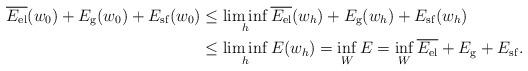
LaTeX: \begin{align*}\begin{aligned}\overline{E_{\rm el}}(w_0) + E_{\rm g}(w_0)+E_{\rm sf}(w_0)&\le \liminf_h\overline{E_{\rm el}}(w_h) + E_{\rm g}(w_h)+E_{\rm sf}(w_h)\\&\le \liminf_h E(w_h)=\inf_WE=\inf_W\overline{E_{\rm el}} + E_{\rm g}+E_{\rm sf}.\end{aligned}\end{align*}